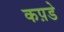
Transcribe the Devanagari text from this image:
कप़डे